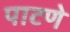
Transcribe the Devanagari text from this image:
पाटणे